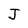
Character: J